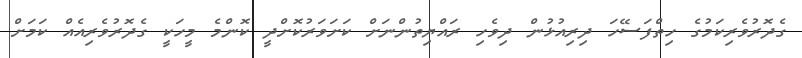
ގެދޮރުވެރިކަމުގެ ހިތްފަސޭހަ ދިރިއުޅުން ދިވެހި ރައްޔިތުންނަށް ކަށަވަރުކޮށްދީ ކޮންމެ މީހަކީ ގެދޮރުވެރިއެއް ކަމަށް